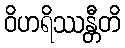
ဝိဟရိဿန္တီတိ